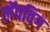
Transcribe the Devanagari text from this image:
लॅपविंग